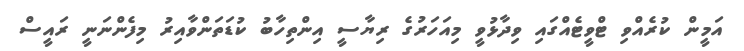
އަމީން ކުރެއްވި ޓްވީޓެއްގައި ވިދާޅުވީ މިއަހަރުގެ ރިޔާސީ އިންތިހާބު ކުޑަތަންވާއިރު މިފެންނަނީ ރައީސް